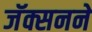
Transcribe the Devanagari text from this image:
जॅक्सनने